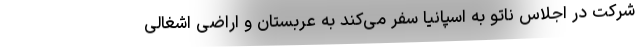
شرکت در اجلاس ناتو به اسپانیا سفر می‌کند به عربستان و اراضی اشغالی